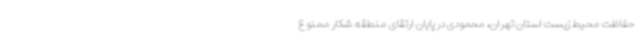
حفاظت محیط زیست استان تهران، محمودی در پایان ارتقای منطقه شکار ممنوع